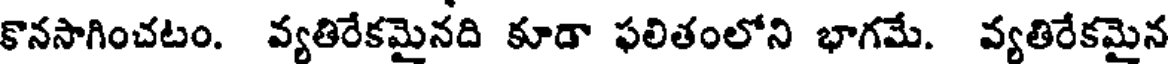
కొనసాగించటం. వ్యతిరేకమైనది కూడా ఫలితంలోని భాగమే. వ్యతిరేకమైన